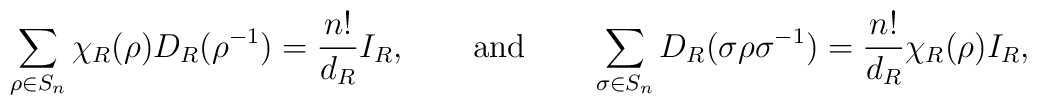
\sum_{\rho \in S_n}^{}  \chi_R (\rho) D_R (\rho^{-1}) = \frac{n!}{d_R}I_R,\qquad{\rm and}  \qquad\sum_{\sigma \in S_n}^{} D_R (\sigma \rho \sigma^{-1}) =\frac{n!}{d_R}  \chi_R (\rho) I_R,